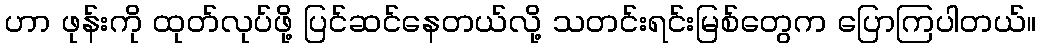
ဟာ ဖုန်းကို ထုတ်လုပ်ဖို့ ပြင်ဆင်နေတယ်လို့ သတင်းရင်းမြစ်တွေက ပြောကြပါတယ်။